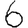
Digit: 6